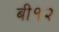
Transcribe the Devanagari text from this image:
बी१२